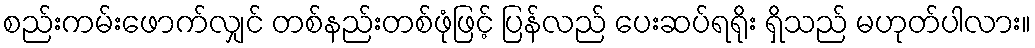
စည်းကမ်းဖောက်လျှင် တစ်နည်းတစ်ဖုံဖြင့် ပြန်လည် ပေးဆပ်ရရိုး ရှိသည် မဟုတ်ပါလား။